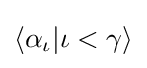
\langle \alpha _{\iota }|\iota <\gamma \rangle